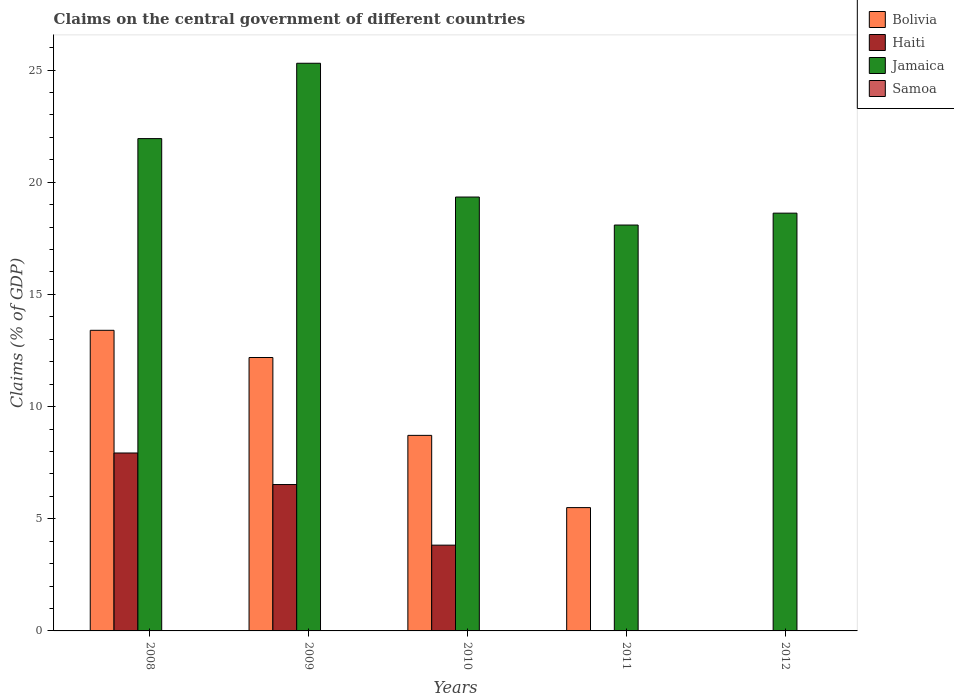
| Years | Bolivia | Haiti | Jamaica | Samoa |
 | --- | --- | --- | --- | --- |
 | 2008 | 13.4 | 7.93 | 21.9 | -2.25 |
 | 2009 | 12.2 | 6.53 | 25.3 | -4.17 |
 | 2010 | 8.72 | 3.82 | 19.3 | -6.5 |
 | 2011 | 5.5 | -1.11 | 18.1 | -5.73 |
 | 2012 | -0.021 | -2.03 | 18.6 | -5.59 |